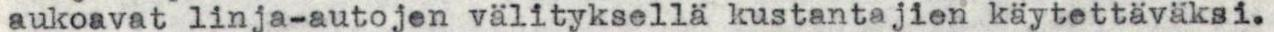
aukoavat linja-autojen välityksellä kustantajien käytettäväksi.